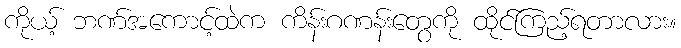
ကိုယ့် ဘဏ်အကောင့်ထဲက ကိန်းဂဏန်းတွေကို ထိုင်ကြည့်ရတာလား။